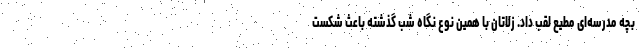
بچه مدرسه‌ای مطیع لقب داد. زلاتان با همین نوع نگاه شب گذشته باعث شکست